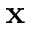
\mathbf x